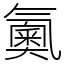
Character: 鿫